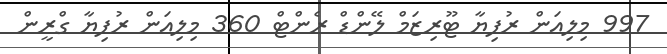
997 މިލިއަން ރުފިޔާ ޓޫރިޒަމް ލޭންޑް ރެންޓް 360 މިލިއަން ރުފިޔާ ގްރީން